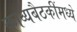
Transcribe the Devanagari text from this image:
काव्यबैठकींमध्ये